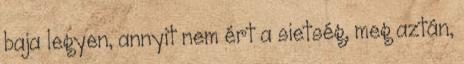
baja legyen, annyit nem ért a sietség, meg aztán,